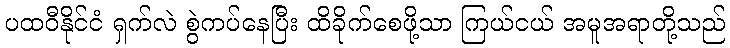
ပထဝီနိုင်ငံ ရှက်လဲ စွဲကပ်နေပြီး ထိခိုက်စေဖို့သာ ကြယ်ငယ် အမူအရာတို့သည်